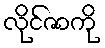
လိုင်ဇာကို